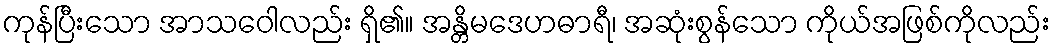
ကုန်ပြီးသော အာသဝေါလည်း ရှိ၏။ အန္တိမဒေဟဓာရီ၊ အဆုံးစွန်သော ကိုယ်အဖြစ်ကိုလည်း